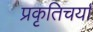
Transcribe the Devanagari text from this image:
प्रकृतिचर्या